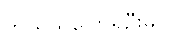
ဘယ်သူပြောရဦးမလဲ။